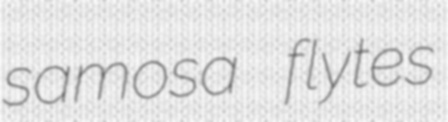
samosa flytes